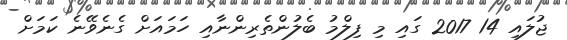
ޖުލައި 14 2017 ގައި މި ފިލްމު ބެލުންތެރިންނާއި ހަމައަށް ގެނެވޭނެ ކަމަށް